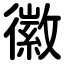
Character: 徽